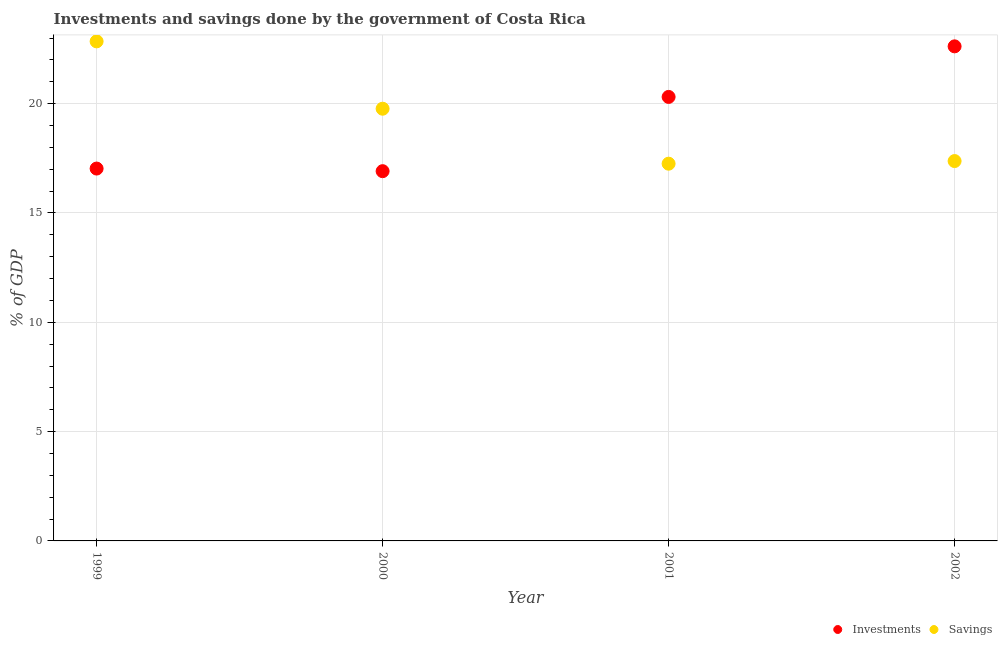
| Year | Investments | Savings |
 | --- | --- | --- |
 | 1999 | 17 | 22.8 |
 | 2000 | 16.9 | 19.8 |
 | 2001 | 20.3 | 17.3 |
 | 2002 | 22.6 | 17.4 |